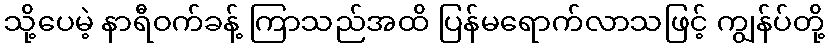
သို့ပေမဲ့ နာရီဝက်ခန့် ကြာသည်အထိ ပြန်မရောက်လာသဖြင့် ကျွန်ပ်တို့